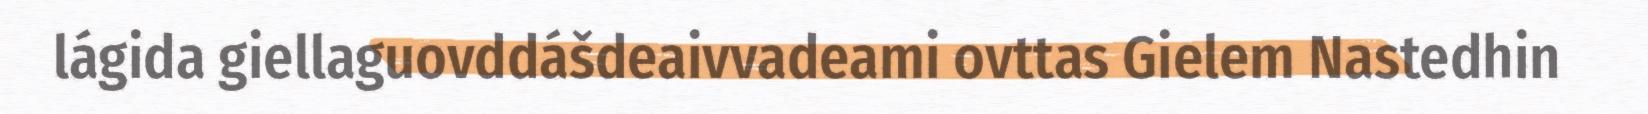
lágida giellaguovddášdeaivvadeami ovttas Gielem Nastedhin